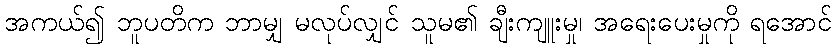
အကယ်၍ ဘူပတိက ဘာမျှ မလုပ်လျှင် သူမ၏ ချီးကျူးမှု၊ အရေးပေးမှုကို ရအောင်